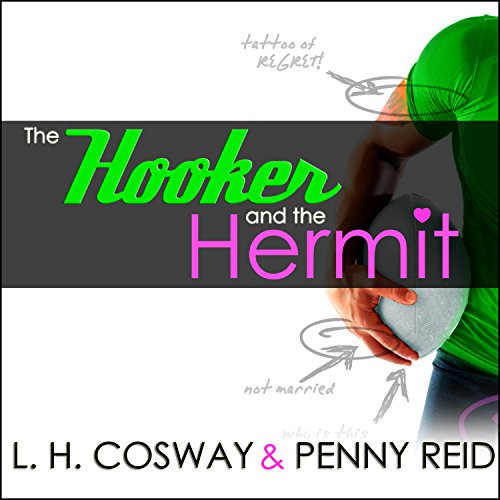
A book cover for The Hooker and the Hermit; L. H. Cosway; Romance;